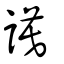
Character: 謨